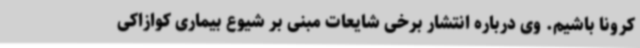
کرونا باشیم. وی درباره انتشار برخی شایعات مبنی بر شیوع بیماری کوازاکی